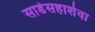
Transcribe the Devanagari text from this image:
साडेसहाशेवा